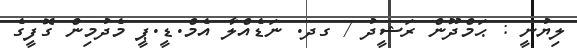
ލިޔުނީ : ޙަމްދޫން ރަޝީދު / ގދ. ނަޑެއްލާ އެމް.ޑީ.ޕީ މެދުމިން ގޮފީގެ